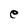
Character: e